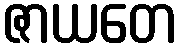
ဇာယတေ